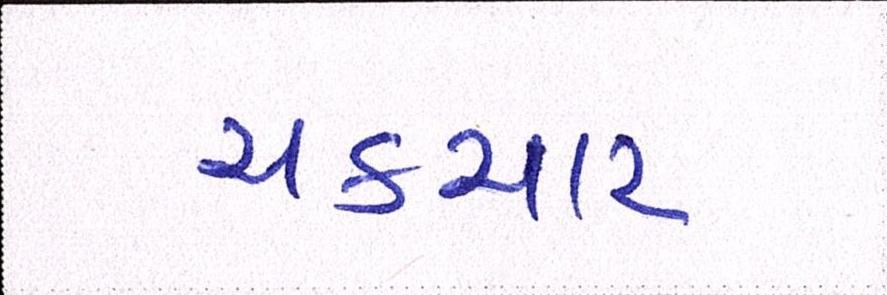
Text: ચકચાર